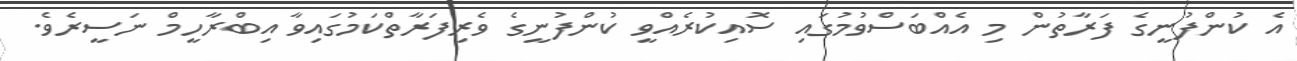
އެ ކުންފުނީގެ ފަރާތުން މި އެއްބަސްވުމުގައި ސޮއިކުރެއްވީ ކުންފުނީގެ ވެރިފަރާތްކަމުގައިވާ އިބްރާހީމް ނަސީރެވެ.